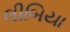
લીબિયા